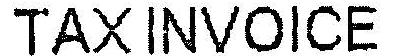
TAX INVOICE